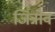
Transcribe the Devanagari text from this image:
जिन्नोव